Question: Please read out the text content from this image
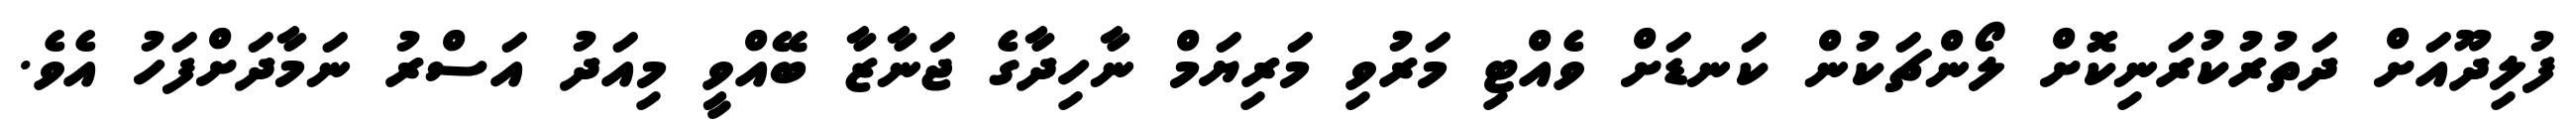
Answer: ފުލިދޫއަށް ދަތުރުކުރަނިކޮށް ލޯންޗަކުން ކަނޑަށް ވެއްޓި މަރުވި މަރިޔަމް ނާހިދާގެ ޖަނާޒާ ބޭއްވީ މިއަދު އަސްރު ނަމާދަށްފަހު އެވެ.